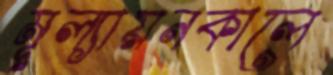
মূল্যায়নকালে